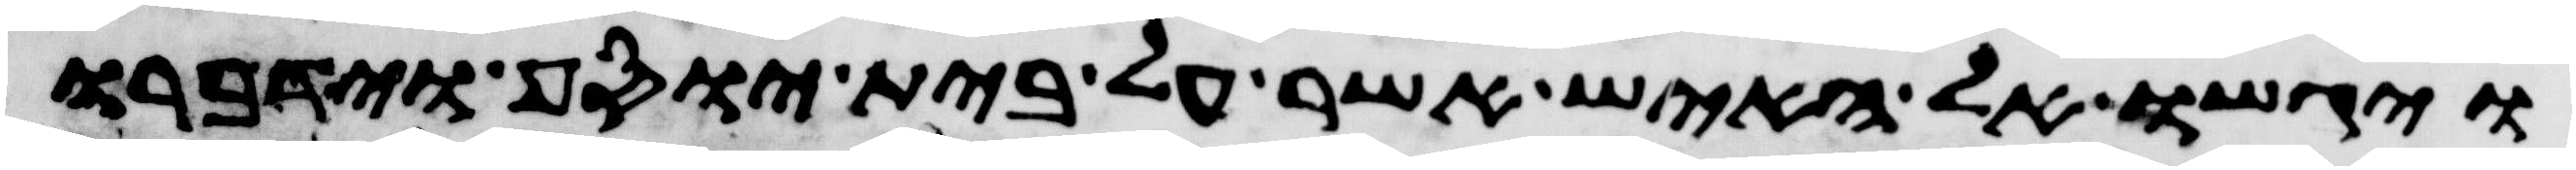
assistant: ויגשו אל האיש אשר על בית יוסף וידברו